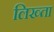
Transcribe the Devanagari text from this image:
लिख्ता